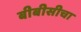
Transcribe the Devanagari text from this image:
बीबीसीचा